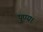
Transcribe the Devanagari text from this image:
पुण्य।